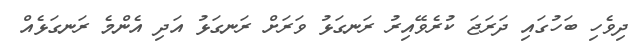
ދިވެހި ބަހުގައި ދަރަޖަ ކުރެވޭއިރު ރަނގަޅު ވަރަށް ރަނގަޅު އަދި އެންމެ ރަނގަޅެއް